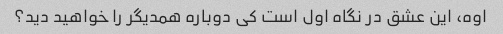
اوه، این عشق در نگاه اول است کی دوباره همدیگر را خواهید دید؟